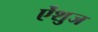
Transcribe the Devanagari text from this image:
ऐंशुज